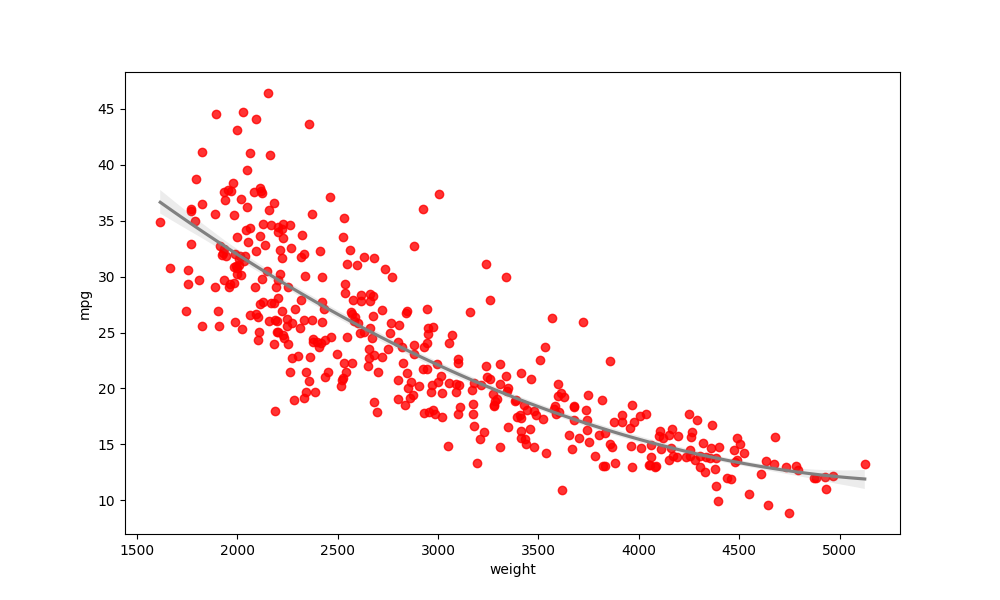
python, seaborn, regplot, order=3, ci=68, scatter_color=red, line_color=gray